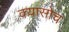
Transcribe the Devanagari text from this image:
क्यासोच